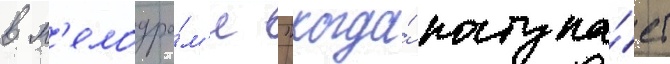
в м'елодра́м'е "когда́ наступа́ет